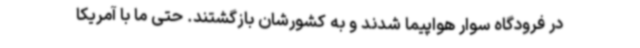
در فرودگاه سوار هواپیما شدند و به کشورشان بازگشتند. حتی ما با آمریکا